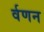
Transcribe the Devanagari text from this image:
र्वणन